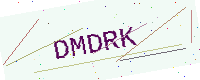
Text: DMDRK